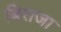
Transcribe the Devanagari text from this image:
बिराजा